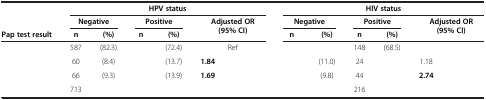
<table><thead><tr><td rowspan="2">[EMPTY_CELL]</td><td colspan="6"><b>HPV status</b></td><td colspan="6"><b>HIV status</b></td></tr><tr><td colspan="2"><b>Negative</b></td><td colspan="2"><b>Positive</b></td><td colspan="2" rowspan="2"><b>Adjusted OR (95% CI)</b></td><td colspan="2"><b>Negative</b></td><td colspan="2"><b>Positive</b></td><td colspan="2" rowspan="2"><b>Adjusted OR (95% CI)</b></td></tr><tr><td><b>Pap test result</b></td><td><b>n</b></td><td><b>(%)</b></td><td><b>n</b></td><td><b>(%)</b></td><td><b>n</b></td><td><b>(%)</b></td><td><b>n</b></td><td><b>(%)</b></td></tr></thead><tbody><tr><td>[EMPTY_CELL]</td><td>587</td><td>(82.3)</td><td>[EMPTY_CELL]</td><td>(72.4)</td><td colspan="2">Ref</td><td>[EMPTY_CELL]</td><td>[EMPTY_CELL]</td><td>148</td><td>(68.5)</td><td colspan="2">[EMPTY_CELL]</td></tr><tr><td>[EMPTY_CELL]</td><td>60</td><td>(8.4)</td><td>[EMPTY_CELL]</td><td>(13.7)</td><td><b>1.84</b></td><td>[EMPTY_CELL]</td><td>[EMPTY_CELL]</td><td>(11.0)</td><td>24</td><td>[EMPTY_CELL]</td><td>1.18</td><td>[EMPTY_CELL]</td></tr><tr><td>[EMPTY_CELL]</td><td>66</td><td>(9.3)</td><td>[EMPTY_CELL]</td><td>(13.9)</td><td><b>1.69</b></td><td>[EMPTY_CELL]</td><td>[EMPTY_CELL]</td><td>(9.8)</td><td>44</td><td>[EMPTY_CELL]</td><td><b>2.74</b></td><td>[EMPTY_CELL]</td></tr><tr><td>[EMPTY_CELL]</td><td>713</td><td>[EMPTY_CELL]</td><td>[EMPTY_CELL]</td><td>[EMPTY_CELL]</td><td>[EMPTY_CELL]</td><td>[EMPTY_CELL]</td><td>[EMPTY_CELL]</td><td>[EMPTY_CELL]</td><td>216</td><td>[EMPTY_CELL]</td><td>[EMPTY_CELL]</td><td>[EMPTY_CELL]</td></tr></tbody></table>